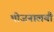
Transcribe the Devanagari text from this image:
भोजनालयौ